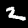
Label: 2